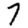
Digit: 7